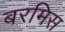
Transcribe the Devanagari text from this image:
बरमिस